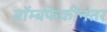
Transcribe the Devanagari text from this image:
बॉम्बफेकीनंतर